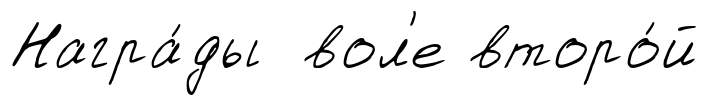
Награ́ды вол'е второ́й